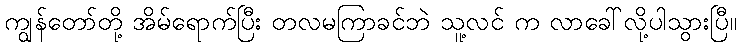
ကျွန်တော်တို့ အိမ်ရောက်ပြီး တလမကြာခင်ဘဲ သူ့လင် က လာခေါ်လို့ပါသွားပြီ။